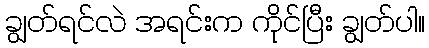
ချွတ်ရင်လဲ အရင်းက ကိုင်ပြီး ချွတ်ပါ။